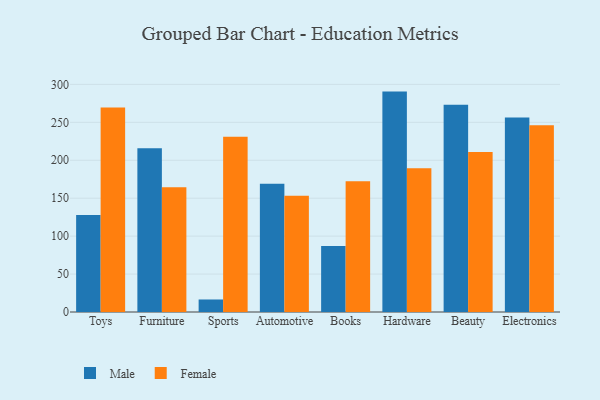
{"axis": {"x": "Category", "y": "Market Share (%)"}, "legend": ["Female", "Male"], "data": [{"x": "Toys", "y": 127.8, "type": "Male"}, {"x": "Toys", "y": 269.4, "type": "Female"}, {"x": "Furniture", "y": 215.9, "type": "Male"}, {"x": "Furniture", "y": 164.3, "type": "Female"}, {"x": "Sports", "y": 16.5, "type": "Male"}, {"x": "Sports", "y": 230.9, "type": "Female"}, {"x": "Automotive", "y": 168.9, "type": "Male"}, {"x": "Automotive", "y": 153.3, "type": "Female"}, {"x": "Books", "y": 87.1, "type": "Male"}, {"x": "Books", "y": 172.3, "type": "Female"}, {"x": "Hardware", "y": 290.5, "type": "Male"}, {"x": "Hardware", "y": 189.6, "type": "Female"}, {"x": "Beauty", "y": 273.1, "type": "Male"}, {"x": "Beauty", "y": 211.0, "type": "Female"}, {"x": "Electronics", "y": 256.3, "type": "Male"}, {"x": "Electronics", "y": 246.2, "type": "Female"}]}